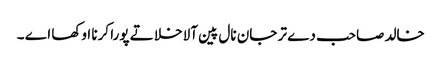
خالد صاحب دے تر جان نال پین آلا خلا تے پورا کرنا اوکھا اے ۔